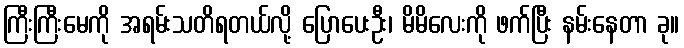
ကြီးကြီးမေကို အရမ်းသတိရတယ်လို့ ပြောပေးဦး၊ မိမိလေးကို ဖက်ပြီး နမ်းနေတာ ခု။